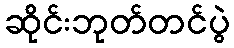
ဆိုင်းဘုတ်တင်ပွဲ